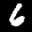
Label: 6